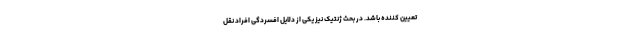
تعیین کننده باشد. در بحث ژنتیک نیز یکی از دلایل افسردگی افراد نقل